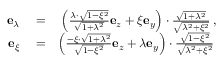
\begin{array} { r l r } { \mathbf { e } _ { \lambda } } & { { } = } & { \left( \frac { \lambda \cdot \sqrt { 1 - \xi ^ { 2 } } } { \sqrt { 1 + \lambda ^ { 2 } } } \mathbf { e } _ { z } + \xi \mathbf { e } _ { y } \right) \cdot \frac { \sqrt { 1 + \lambda ^ { 2 } } } { \sqrt { \lambda ^ { 2 } + \xi ^ { 2 } } } \, , } \\ { \mathbf { e } _ { \xi } } & { { } = } & { \left( \frac { - \xi \cdot \sqrt { 1 + \lambda ^ { 2 } } } { \sqrt { 1 - \xi ^ { 2 } } } \mathbf { e } _ { z } + \lambda \mathbf { e } _ { y } \right) \cdot \frac { \sqrt { 1 - \xi ^ { 2 } } } { \sqrt { \lambda ^ { 2 } + \xi ^ { 2 } } } \, } \end{array}